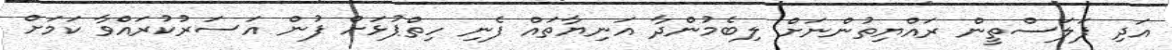
އަދި ފަލަސްތީން ރައްޔިތުންނަށް ލިބެމުންދާ އަނިޔާތައް ފެނި ހިތްޕުޅަށް ފުން އަސަރުކުރައްވާ ކަމަށް